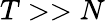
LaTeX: T>>N